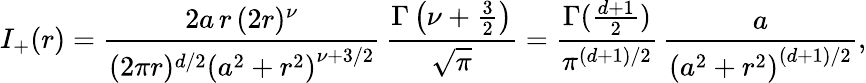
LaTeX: I_{+}(r)=\frac{2a\, r\, (2r)^{\nu}}{(2\pi r)^{d/2}\left(a^{2}+r^{2}\right)^{\nu+3/2}}\, \frac{\Gamma\left(\nu+\frac{3}{2}\right)}{\sqrt{\pi}}=\frac{\Gamma(\frac{d+1}{2})}{\pi^{(d+1)/2}}\, \frac{a}{\left(a^{2}+r^{2}\right)^{(d+1)/2}},